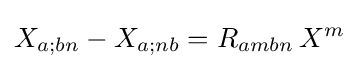
X_{a;bn}-X_{a;nb}=R_{ambn}\,X^{m}